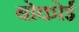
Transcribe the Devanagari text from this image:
बोकोई